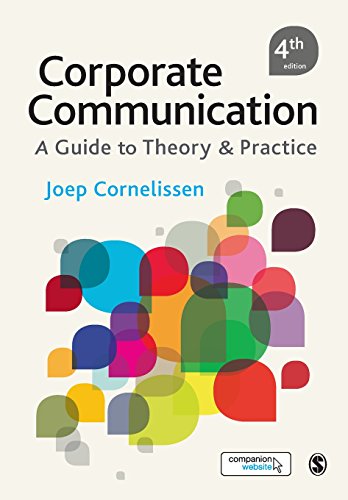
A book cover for Corporate Communication: A Guide to Theory and Practice; Joep Cornelissen; Business & Money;